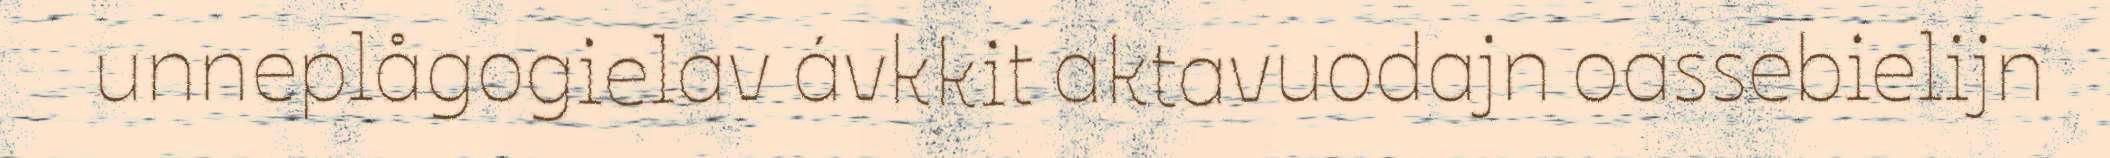
unneplågogielav ávkkit aktavuodajn oassebielijn